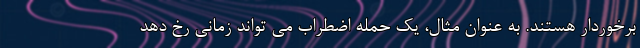
برخوردار هستند. به عنوان مثال، یک حمله اضطراب می تواند زمانی رخ دهد